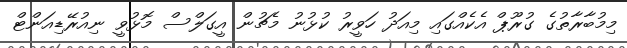
މިމުބާރާތުގެ ގުރޫޕް އެކެއްގައި މިއަދު ހަވީރު ކުޅުނު މެޗުން އީގަލްސް މޮޅުވީ ނިއުރޭޑިއަންޓް